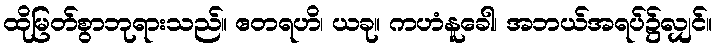
ထိုမြတ်စွာဘုရားသည်။ ဧတရဟိ၊ ယခု။ ကဟံနူခေါ၊ အဘယ်အရပ်၌လျှင်။